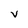
Character: V